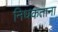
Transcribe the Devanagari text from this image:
निधकताना